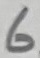
Text: 6